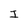
Character: I